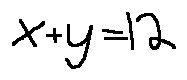
x + y = 1 2